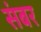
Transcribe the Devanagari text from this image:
संबर